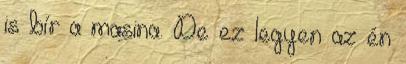
is bír a masina. De ez legyen az én